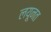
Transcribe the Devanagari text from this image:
लयूनत